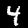
Digit: 4